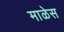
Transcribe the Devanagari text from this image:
माळेस